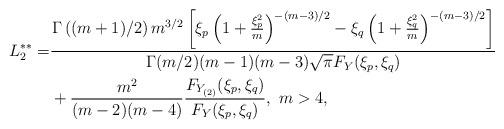
LaTeX: \begin{align*} L_{2}^{\ast\ast}=&\frac{\Gamma\left((m+1)/2\right)m^{3/2}\left[\xi_{p}\left(1+\frac{\xi_{p}^{2}}{m}\right)^{-(m-3)/2}-\xi_{q}\left(1+\frac{\xi_{q}^{2}}{m}\right)^{-(m-3)/2}\right]}{\Gamma(m/2)(m-1)(m-3)\sqrt{\pi}F_{Y}(\xi_{p},\xi_{q})}\\ &+\frac{m^{2}}{(m-2)(m-4)}\frac{F_{Y_{(2)}}(\xi_{p},\xi_{q})}{F_{Y}(\xi_{p},\xi_{q})},~m>4,\end{align*}